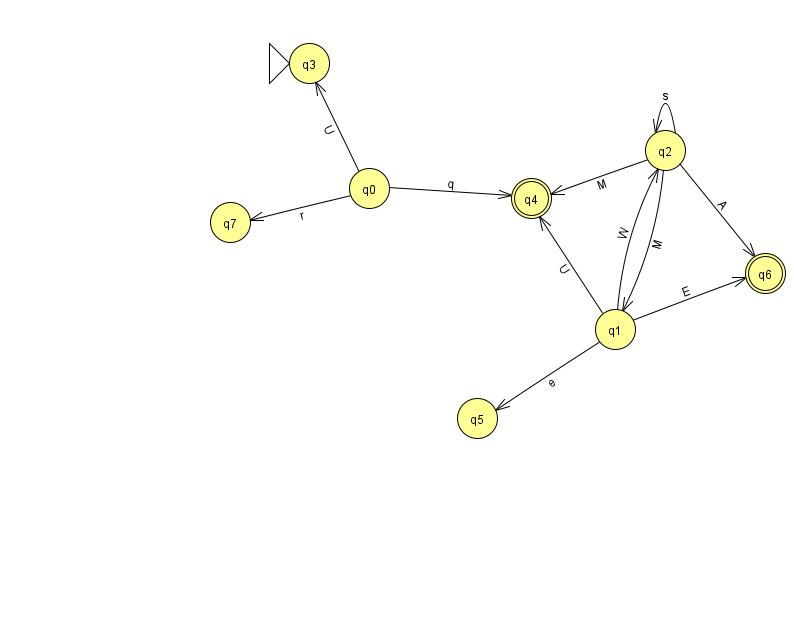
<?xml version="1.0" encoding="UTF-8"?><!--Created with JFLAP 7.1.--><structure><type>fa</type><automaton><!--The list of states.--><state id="0" name="q0"><x>369.0</x><y>175.0</y></state><state id="1" name="q1"><x>615.0</x><y>316.0</y></state><state id="2" name="q2"><x>665.0</x><y>137.0</y></state><state id="3" name="q3"><x>309.0</x><y>50.0</y><initial/></state><state id="4" name="q4"><x>531.0</x><y>185.0</y><final/></state><state id="5" name="q5"><x>477.0</x><y>405.0</y></state><state id="6" name="q6"><x>765.0</x><y>260.0</y><final/></state><state id="7" name="q7"><x>230.0</x><y>209.0</y></state><!--The list of transitions.--><transition><from>1</from><to>4</to><read>U</read></transition><transition><from>2</from><to>1</to><read>M</read></transition><transition><from>2</from><to>2</to><read>s</read></transition><transition><from>0</from><to>3</to><read>U</read></transition><transition><from>2</from><to>4</to><read>M</read></transition><transition><from>2</from><to>6</to><read>A</read></transition><transition><from>0</from><to>4</to><read>q</read></transition><transition><from>1</from><to>2</to><read>W</read></transition><transition><from>1</from><to>5</to><read>e</read></transition><transition><from>0</from><to>7</to><read>r</read></transition><transition><from>1</from><to>6</to><read>E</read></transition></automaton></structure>